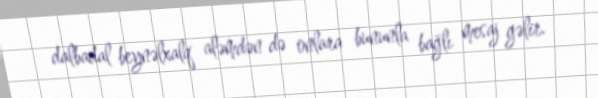
dalbadal beynəlxalq aləmdən də onlara bununla bağlı mesaj gəlir.